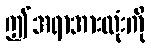
ဤအရာအားလုံးကို